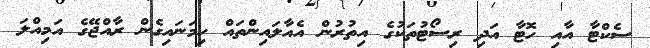
ސެކްޓާ އާއި ހޮޓާ އަދި ރިސޯޓުތަކުގެ އިތުރުން އެއާލައިންތައް ހިމަނައިގެން ރާއްޖޭގެ އަމިއްލަ